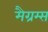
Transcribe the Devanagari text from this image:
मैग्रम्स